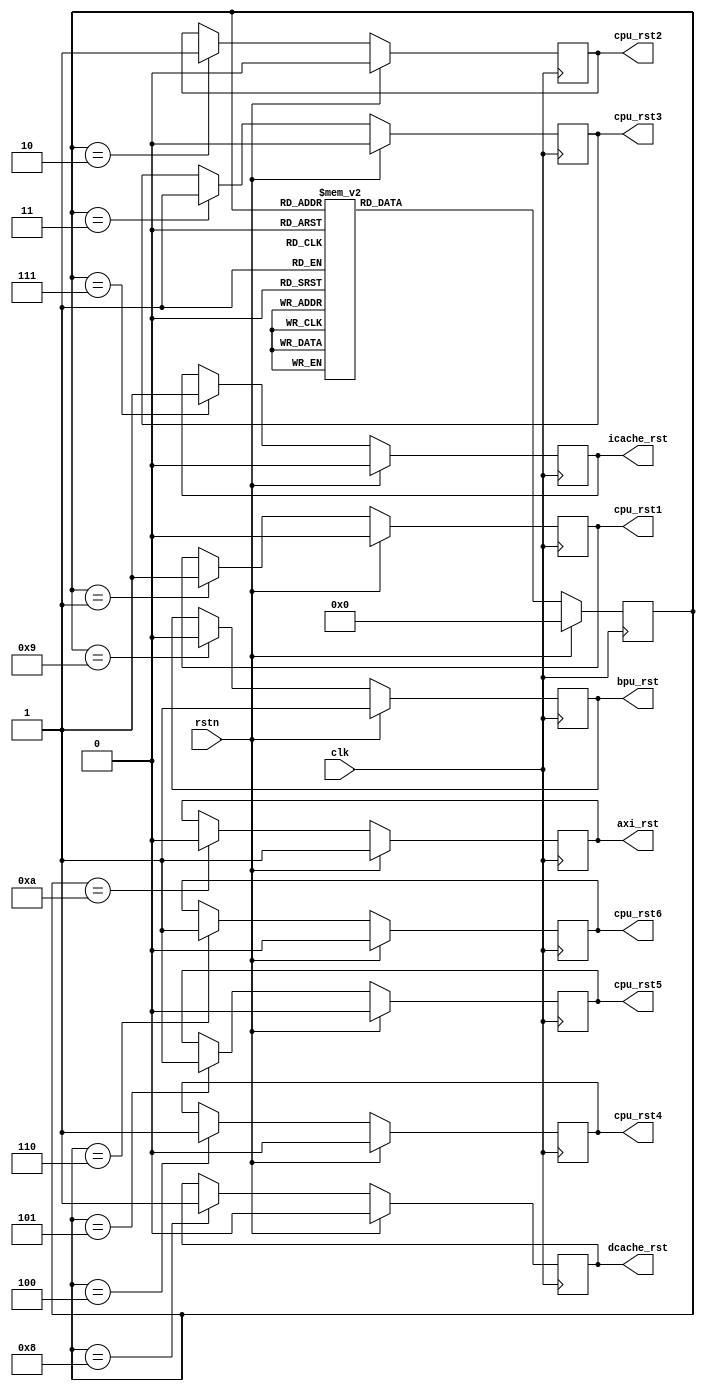
`timescale 1ns / 1ps
//////////////////////////////////////////////////////////////////////////////////
// Company: 
// Engineer: 
// 
// Design Name: 
// Module Name: rst_ctrl
// Project Name: 
// Target Devices: 
// Tool Versions: 
// Description: 
// 
// Dependencies: 
// 
// Revision:
// Revision 0.01 - File Created
// Additional Comments:
// 
//////////////////////////////////////////////////////////////////////////////////


module rst_ctrl(
    input   rstn                    ,
    input   clk                     ,
    
    output reg  cpu_rst1            ,
    output reg  cpu_rst2            ,
    output reg  cpu_rst3            ,
    output reg  cpu_rst4            ,
    output reg  cpu_rst5            ,
    output reg  cpu_rst6            ,
    output reg  icache_rst          ,
    output reg  dcache_rst          ,
    output reg  bpu_rst             ,
    output reg  axi_rst
    
    );
    
/// AXI,BPUCPUCACHE///
    
localparam IDLE = 0,RESET1 = 1,RESET2 = 2,RESET3 = 3,RESET4 = 4,RESET5 = 5,RESET6 = 6,RESET7 = 7,RESET8 = 8,RESET9 = 9,RESET10 = 10,WAIT = 12;  
    
reg [3:0]state;
reg [3:0]next_state;   
    
    
always @(posedge clk) begin
    if (rstn) begin
        state <= IDLE;
    end else begin
        state <= next_state;
    end
end

always @(*) begin
    if(rstn) begin
        next_state = IDLE;
    end else begin
      case(state)  
        IDLE:   begin
            next_state = RESET1;
          //  else    next_state = IDLE;
        end
        RESET1: begin
            next_state = RESET2;
        end
        RESET2:  begin
            next_state =  RESET3;
        end
        RESET3:  begin
            next_state = RESET4;
        end
        RESET4:  begin
            next_state = RESET5;
        end
        RESET5:  next_state = RESET6;
        RESET6:  next_state = RESET7;
        RESET7:  next_state = RESET8;
        RESET8:  next_state = RESET9;
        RESET9:  next_state = RESET10;
        RESET10: next_state = WAIT;
        WAIT :   begin
            next_state = WAIT;
        end    
        default: begin
            next_state = IDLE;
        end
    endcase
    
  end
end
                                       
    

always @(posedge clk) begin
    if(rstn) begin
        cpu_rst1            <= 0;
        cpu_rst2            <= 0;
        cpu_rst3            <= 0;
        cpu_rst4            <= 0;
        cpu_rst5            <= 0;
        cpu_rst6            <= 0;
        icache_rst          <= 0;
        dcache_rst          <= 0;
        bpu_rst             <= 1'b1;
        axi_rst             <= 1'b1;
          
    end else begin
        case(state)          
            IDLE: begin

            end
            RESET1:         cpu_rst1 <= 1'b1;
            RESET2:         cpu_rst2 <= 1'b1;
            RESET3:         cpu_rst3 <= 1'b1;
            RESET4:         cpu_rst4 <= 1'b1;
            RESET5:         cpu_rst5 <= 1'b1;
            RESET6:         cpu_rst6 <= 1'b1;

            RESET7:  begin
                   icache_rst <= 1'b1;

                   end
            RESET8:  begin
                   dcache_rst<= 1'b1 ;
                   end       
            RESET9:  begin
                   bpu_rst <= 1'b0;

                   end
            RESET10:  begin
                   axi_rst <= 1'b0;     
 
                   end      
            default:  ;
            endcase
        end
 end           
                    
        
endmodule